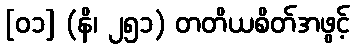
[၀၁] (နိ၊ ၂၅၁) တတိယစိတ်အဖွင့်